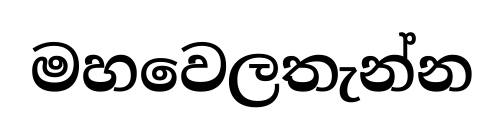
මහවෙලතැන්න